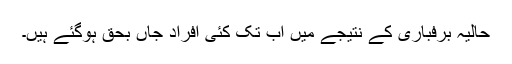
حالیہ برفباری کے نتیجے میں اب تک کئی افراد جاں بحق ہوگئے ہیں۔